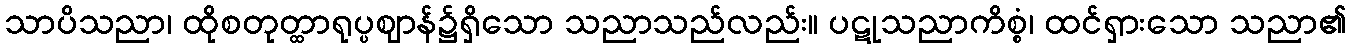
သာပိသညာ၊ ထိုစတုတ္ထာရုပ္ပဈာန်၌ရှိသော သညာသည်လည်း။ ပဋုသညာကိစ္စံ၊ ထင်ရှားသော သညာ၏